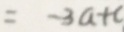
= - 3 a + c